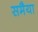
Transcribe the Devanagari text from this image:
समैया